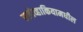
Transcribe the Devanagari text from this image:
स्लोव्हाकियामधील